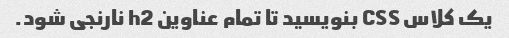
یک کلاس CSS بنویسید تا تمام عناوین h2 نارنجی شود.